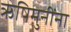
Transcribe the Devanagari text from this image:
ऋषिमुनींना